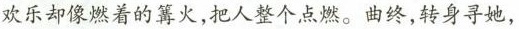
欢乐却像着的篝火，把人整个点燃。曲终，转身寻她，